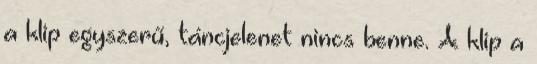
a klip egyszerű, táncjelenet nincs benne. A klip a